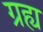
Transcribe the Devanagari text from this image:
ग्रह्य